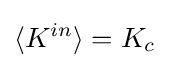
\langle K^{in}\rangle =K_{c}